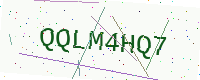
Text: QQLM4HQ7